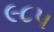
૯૮૫